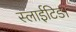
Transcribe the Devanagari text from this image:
स्लाईटिड।